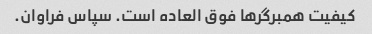
کیفیت همبرگرها فوق العاده است. سپاس فراوان.